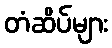
တံဆိပ်များ